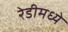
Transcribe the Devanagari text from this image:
रेडीमध्ये